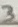
Text: 3